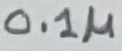
Text: 0.1µ